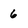
Character: 6